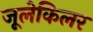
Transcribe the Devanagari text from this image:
जूलेकिलर